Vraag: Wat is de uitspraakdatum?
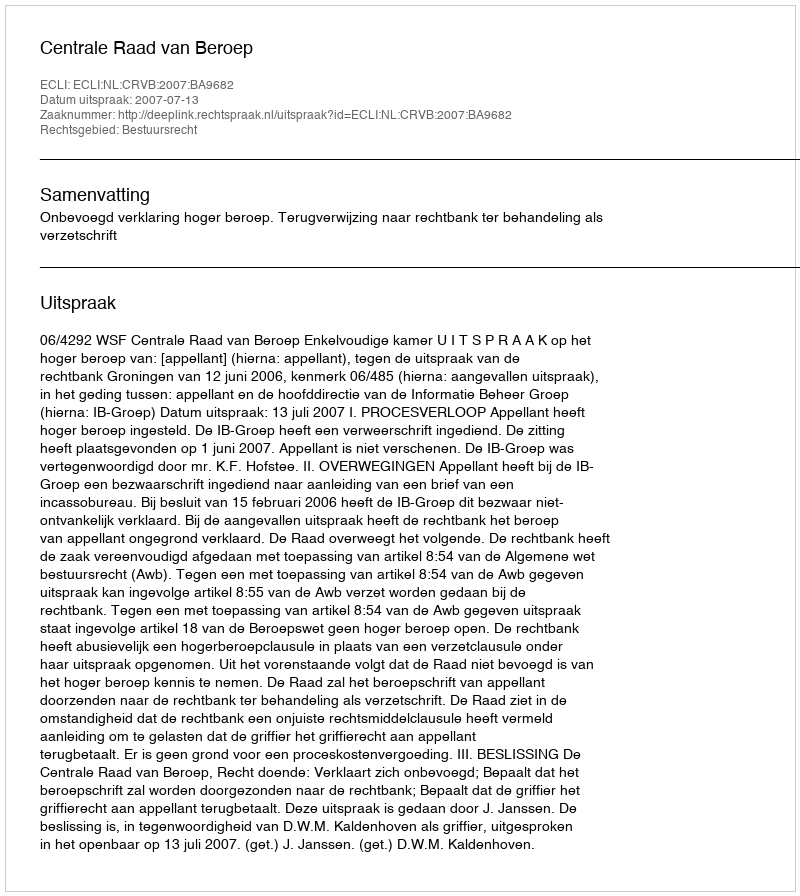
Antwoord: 2007-07-13